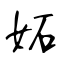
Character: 妬